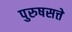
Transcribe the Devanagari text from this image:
पुरुषसत्ते